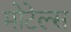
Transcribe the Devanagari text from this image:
मोटेल्स